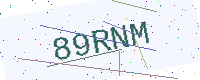
Text: 89RNM